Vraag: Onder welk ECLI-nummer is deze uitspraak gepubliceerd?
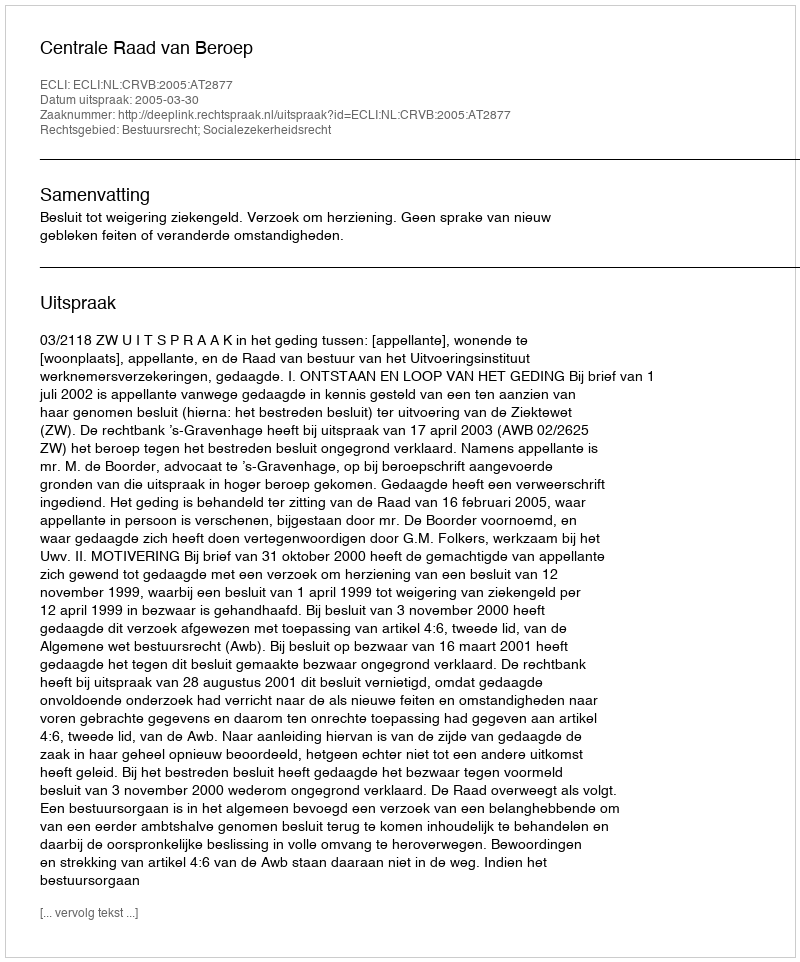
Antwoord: ECLI:NL:CRVB:2005:AT2877